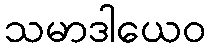
သမာဒါယေဝ